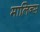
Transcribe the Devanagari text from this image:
मालिन्स